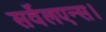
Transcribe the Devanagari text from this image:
सर्वेलएन्स।